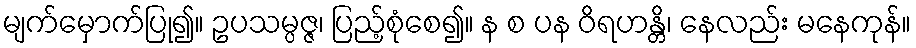
မျက်မှောက်ပြု၍။ ဥပသမ္ပဇ္ဇ၊ ပြည့်စုံစေ၍။ န စ ပန ဝိရဟန္တိ၊ နေလည်း မနေကုန်။